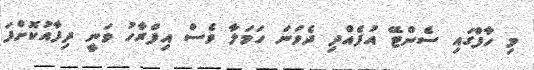
މި ހާފްގައި ސެންޓޭ އުފެއްދި ދެވަނަ ހަމަލާ ވެސް އިފްރާހު ވަނީ ދިފާއުކޮށްފަ